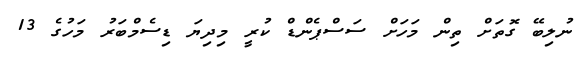
ނުލިބޭ ގޮތަށް ތިން މަހަށް ސަސްޕެންޑް ކުރީ މިދިޔަ ޑިސެމްބަރު މަހުގެ 13